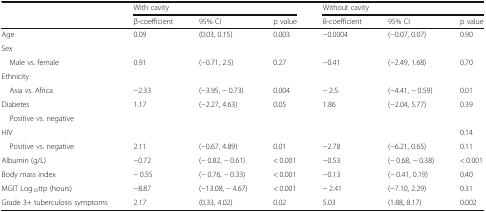
<table><thead><tr><td rowspan="2"></td><td colspan="3"><b>With cavity</b></td><td colspan="3"><b>Without cavity</b></td></tr><tr><td><b>β-coefficient</b></td><td><b>95% CI</b></td><td><b>p value</b></td><td><b>B-coefficient</b></td><td><b>95% CI</b></td><td><b>p value</b></td></tr></thead><tbody><tr><td>Age</td><td>0.09</td><td>(0.03, 0.15)</td><td>0.003</td><td>−0.0004</td><td>(−0.07, 0.07)</td><td>0.90</td></tr><tr><td colspan="7">Sex</td></tr><tr><td> Male vs. female</td><td>0.91</td><td>(−0.71, 2.5)</td><td>0.27</td><td>−0.41</td><td>(−2.49, 1.68)</td><td>0.70</td></tr><tr><td colspan="7">Ethnicity</td></tr><tr><td> Asia vs. Africa</td><td>−2.33</td><td>(−3.95, − 0.73)</td><td>0.004</td><td>− 2.5</td><td>(−4.41, − 0.59)</td><td>0.01</td></tr><tr><td>Diabetes</td><td>1.17</td><td>(−2.27, 4.63)</td><td>0.05</td><td>1.86</td><td>(−2.04, 5.77)</td><td>0.39</td></tr><tr><td> Positive vs. negative</td><td></td><td></td><td></td><td></td><td></td><td></td></tr><tr><td>HIV</td><td></td><td></td><td></td><td></td><td></td><td>0.14</td></tr><tr><td> Positive vs. negative</td><td>2.11</td><td>(−0.67, 4.89)</td><td>0.01</td><td>−2.78</td><td>(−6.21, 0.65)</td><td>0.11</td></tr><tr><td>Albumin (g/L)</td><td>−0.72</td><td>(− 0.82, − 0.61)</td><td>&lt; 0.001</td><td>−0.53</td><td>(− 0.68, − 0.38)</td><td>&lt; 0.001</td></tr><tr><td>Body mass index</td><td>− 0.55</td><td>(− 0.76, − 0.33)</td><td>&lt; 0.001</td><td>−0.13</td><td>(− 0.41, 0.19)</td><td>0.40</td></tr><tr><td>MGIT Log<sub>10</sub>ttp (hours)</td><td>−8.87</td><td>(−13.08, − 4.67)</td><td>&lt; 0.001</td><td>− 2.41</td><td>(−7.10, 2.29)</td><td>0.31</td></tr><tr><td>Grade 3+ tuberculosis symptoms</td><td>2.17</td><td>(0.33, 4.02)</td><td>0.02</td><td>5.03</td><td>(1.88, 8.17)</td><td>0.002</td></tr></tbody></table>